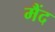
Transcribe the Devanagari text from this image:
मैंद